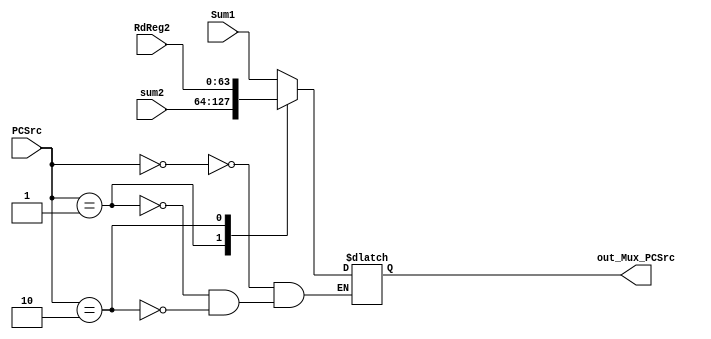
module Mux_PCSrc(    
    input [63:0] Sum1,
    input [63:0] sum2,
    input [63:0] RdReg2,
    input [1:0] PCSrc,
    output reg signed [63:0] out_Mux_PCSrc

    );

always @(*)begin
    case (PCSrc)
        0: out_Mux_PCSrc <= Sum1;
        1: out_Mux_PCSrc <= sum2;
        2: out_Mux_PCSrc <= RdReg2;
    endcase
end

endmodule